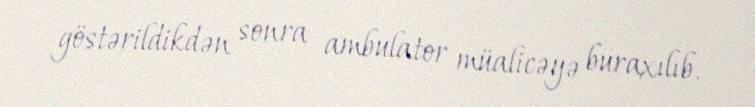
göstərildikdən sonra ambulator müalicəyə buraxılıb.